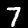
Digit: 7